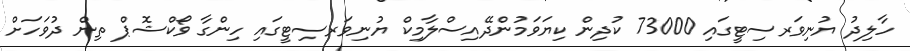
ހާލިދު ޔުނިވަރސިޓީގައި 73000 ކުދިން ކިޔަވަމުންދޭއިސްލާމިކް ޔުނިވަރސިޓީގައި ހިންގާ ވޯކްޝޮޕް ތިން ދުވަހަށް